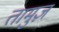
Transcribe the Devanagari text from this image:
तामुज़